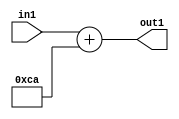
`timescale 1ps / 1ps
/*****************************************************************************
    Verilog RTL Description
    
    
    Created by: Stratus DpOpt 2019.1.01 
*******************************************************************************/

module DC_Filter_Add_12U_25_4 (
	in1,
	out1
	); /* architecture "behavioural" */ 
input [11:0] in1;
output [11:0] out1;
wire [11:0] asc001;

assign asc001 = 
	+(in1)
	+(12'B000011001010);

assign out1 = asc001;
endmodule

/* CADENCE  urnyTAw= : u9/ySgnWtBlWxVPRXgAZ4Og= ** DO NOT EDIT THIS LINE ******/